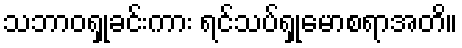
သဘာဝရှုခင်းကား ရင်သပ်ရှုမောစရာအတိ။